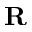
\textbf { R }